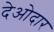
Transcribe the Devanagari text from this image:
देओदार